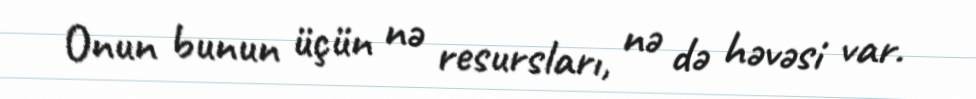
Onun bunun üçün nə resursları, nə də həvəsi var.